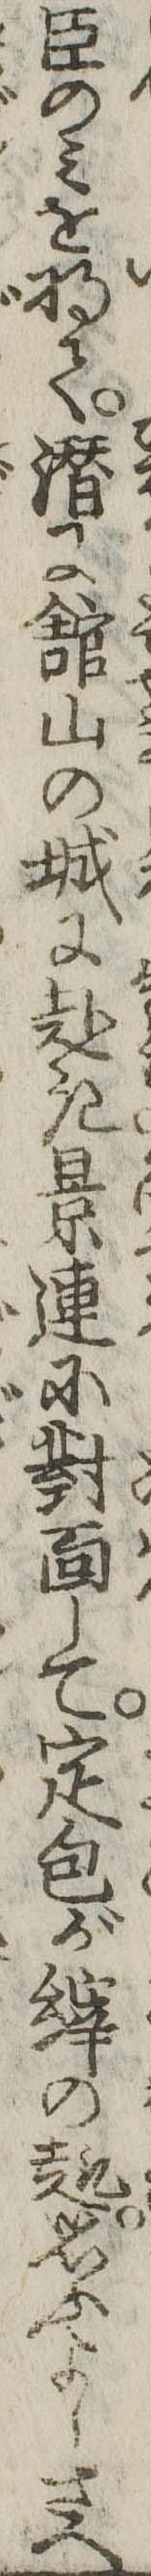
臣のみを将て潜に館山の城に赴き景連に対面して定包が縡の趣思ふよしさへ